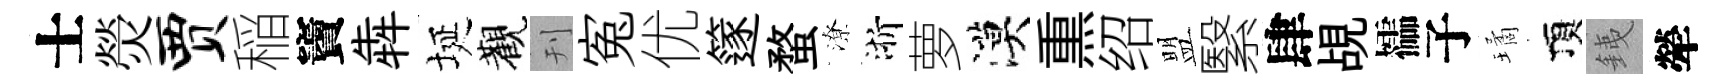
士熒贾稲竇犇埏觀刊寃优篴蝥潦浙萝漠𤋱绍盟繄肆覘櫺子璚頂銕犖